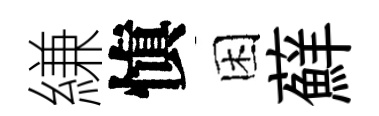
縑愼困蘚